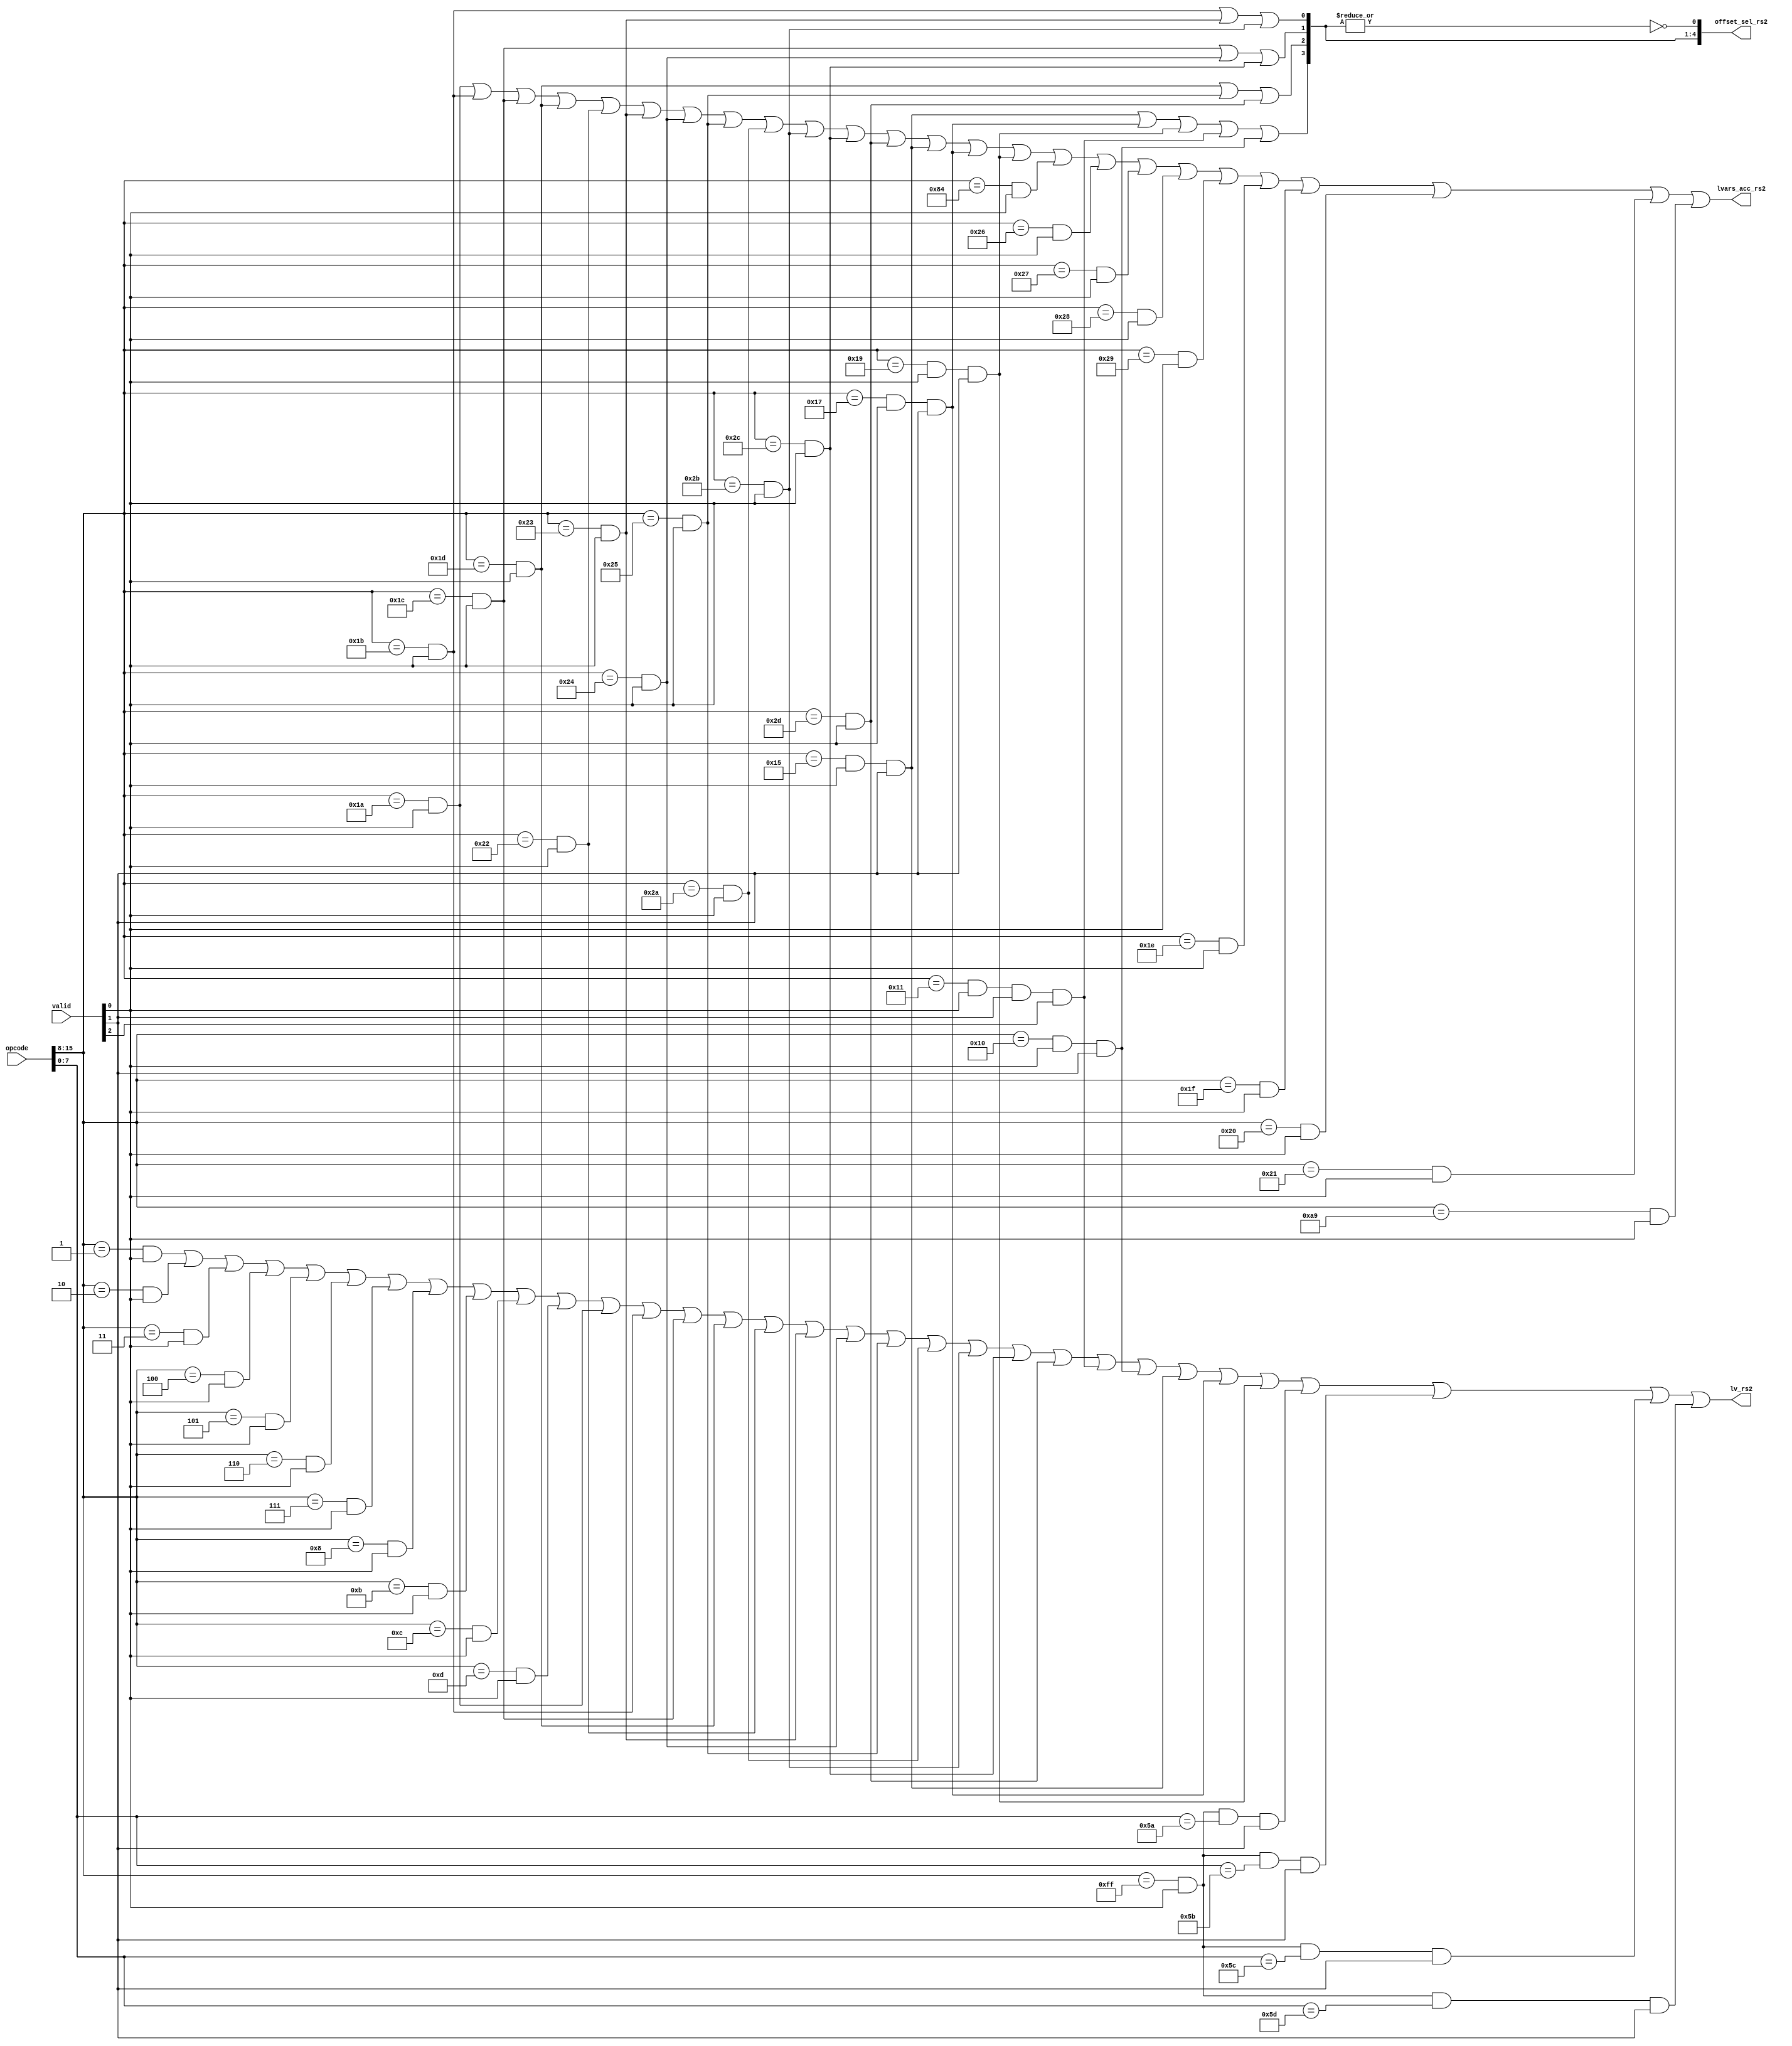
/****************************************************************
 ---------------------------------------------------------------
     Copyright 1999 Sun Microsystems, Inc., 901 San Antonio
     Road, Palo Alto, CA 94303, U.S.A.  All Rights Reserved.
     The contents of this file are subject to the current
     version of the Sun Community Source License, picoJava-II
     Core ("the License").  You may not use this file except
     in compliance with the License.  You may obtain a copy
     of the License by searching for "Sun Community Source
     License" on the World Wide Web at http://www.sun.com.
     See the License for the rights, obligations, and
     limitations governing use of the contents of this file.

     Sun, Sun Microsystems, the Sun logo, and all Sun-based
     trademarks and logos, Java, picoJava, and all Java-based
     trademarks and logos are trademarks or registered trademarks 
     of Sun Microsystems, Inc. in the United States and other
     countries.
 ----------------------------------------------------------------
******************************************************************/

module rs2_dec (

	opcode,
	valid,
	offset_sel_rs2,
	lv_rs2,
	lvars_acc_rs2
);

input	[15:0]	opcode;
input	[2:0]	valid;
output	[4:0]	offset_sel_rs2;
output		lv_rs2;
output		lvars_acc_rs2;


// offset_sel_rs2[0] =  Select 0 as the offset; 
// offset_sel_rs2[1] =  Select 1 as the offset;
// offset_sel_rs2[2] =  Select 2 as the offset;
// offset_sel_rs2[3] =  Select 3 as the offset;
// offset_sel_rs2[4] =  Select nxt_byte as the offset;

wire	iload_0, fload_0, aload_0;
wire	iload_1, iload_2, iload_3;
wire	fload_1, fload_2, fload_3;
wire	aload_1, aload_2, aload_3;
wire	iload, fload, aload, sipush, bipush;
wire	aconst_null, iconst_m1, iconst_0, iconst_1;
wire	iconst_2, iconst_3, iconst_4, iconst_5;
wire	fconst_0, fconst_1, fconst_2;
wire	read_gl0, read_gl1, read_gl2, read_gl3;
wire	ext_opcode;
wire	lload, lload_0, lload_1, lload_2, lload_3;
wire	dload, dload_0, dload_1, dload_2, dload_3;
wire	iinc, ret;

assign	iload_0 = (opcode[15:8] == 8'd26) & valid[0];
assign	iload_1 = (opcode[15:8] == 8'd27) & valid[0];
assign	iload_2 = (opcode[15:8] == 8'd28) & valid[0];
assign	iload_3 = (opcode[15:8] == 8'd29) & valid[0];

assign	fload_0 = (opcode[15:8] == 8'd34) & valid[0];
assign	fload_1 = (opcode[15:8] == 8'd35) & valid[0];
assign	fload_2 = (opcode[15:8] == 8'd36) & valid[0];
assign	fload_3 = (opcode[15:8] == 8'd37) & valid[0];

assign	aload_0 = (opcode[15:8] == 8'd42) & valid[0];
assign	aload_1 = (opcode[15:8] == 8'd43) & valid[0];
assign	aload_2 = (opcode[15:8] == 8'd44) & valid[0];
assign	aload_3 = (opcode[15:8] == 8'd45) & valid[0];

assign	aconst_null = (opcode[15:8] == 8'd1) & valid[0];
assign	iconst_m1   = (opcode[15:8] == 8'd2) & valid[0];
assign	iconst_0    = (opcode[15:8] == 8'd3) & valid[0];
assign	iconst_1    = (opcode[15:8] == 8'd4) & valid[0];
assign	iconst_2    = (opcode[15:8] == 8'd5) & valid[0];
assign	iconst_3    = (opcode[15:8] == 8'd6) & valid[0];
assign	iconst_4    = (opcode[15:8] == 8'd7) & valid[0];
assign	iconst_5    = (opcode[15:8] == 8'd8) & valid[0];

assign	fconst_0  = (opcode[15:8] == 8'd11) & valid[0];
assign	fconst_1  = (opcode[15:8] == 8'd12) & valid[0];
assign	fconst_2  = (opcode[15:8] == 8'd13) & valid[0];

assign	bipush = (opcode[15:8] == 8'd16) & valid[0] & valid[1];
assign	sipush = (opcode[15:8] == 8'd17) & valid[0] & valid[1] & valid[2];
assign	iload  = (opcode[15:8] == 8'd21) & valid[0] & valid[1];
assign	fload  = (opcode[15:8] == 8'd23) & valid[0] & valid[1];
assign	aload  = (opcode[15:8] == 8'd25) & valid[0] & valid[1];

assign	ext_opcode = (opcode[15:8] == 8'd255) & valid[0];
assign  read_gl0 = ext_opcode & (opcode[7:0] == 8'd90) & valid[1];
assign  read_gl1 = ext_opcode & (opcode[7:0] == 8'd91) & valid[1];
assign  read_gl2 = ext_opcode & (opcode[7:0] == 8'd92) & valid[1];
assign  read_gl3 = ext_opcode & (opcode[7:0] == 8'd93) & valid[1];

assign	lload   = (opcode[15:8] == 8'd22) & valid[0] & valid[1];
assign	dload   = (opcode[15:8] == 8'd24) & valid[0] & valid[1];
assign	lload_0 = (opcode[15:8] == 8'd30) & valid[0];
assign	lload_1 = (opcode[15:8] == 8'd31) & valid[0];
assign	lload_2 = (opcode[15:8] == 8'd32) & valid[0];
assign	lload_3 = (opcode[15:8] == 8'd33) & valid[0];
assign	dload_0 = (opcode[15:8] == 8'd38) & valid[0];
assign	dload_1 = (opcode[15:8] == 8'd39) & valid[0];
assign	dload_2 = (opcode[15:8] == 8'd40) & valid[0];
assign	dload_3 = (opcode[15:8] == 8'd41) & valid[0];

assign	iinc = (opcode[15:8] == 8'd132) & valid[0];
assign	ret  = (opcode[15:8] == 8'd169) & valid[0];

assign	offset_sel_rs2[1] =  iload_1 | fload_1 | aload_1;
assign	offset_sel_rs2[2] =  iload_2 | fload_2 | aload_2;
assign	offset_sel_rs2[3] =  iload_3 | fload_3 | aload_3;
assign	offset_sel_rs2[4] =  iload | fload | aload | sipush | bipush;
assign	offset_sel_rs2[0] = !(|offset_sel_rs2[4:1]);

assign	lv_rs2 = aconst_null | iconst_m1 | iconst_0 | iconst_1 | iconst_2 |
                 iconst_3 | iconst_4 | iconst_5 | fconst_0 | fconst_1 |
                 fconst_2 | iload_0 | iload_1 | iload_2 | iload_3 |  fload_0 |
                 fload_1 | fload_2 | fload_3 | aload_0 | aload_1 | aload_2 |
                 aload_3 | sipush | bipush | iload | fload | aload |
                 read_gl0 | read_gl1 | read_gl2 | read_gl3 ;


assign	lvars_acc_rs2 = iload_0 | iload_1 | iload_2 | iload_3 |
                        fload_0 | fload_1 | fload_2 | fload_3 |
                        aload_0 | aload_1 | aload_2 | aload_3 |
                        iload   | fload   | aload   | iinc    |
                        dload_0 | dload_1 | dload_2 | dload_3 |
                        lload_0 | lload_1 | lload_2 | lload_3 |
                        ret ;


endmodule